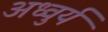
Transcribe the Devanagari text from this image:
अध्वुर्य